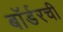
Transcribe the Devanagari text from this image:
बॉर्डरची